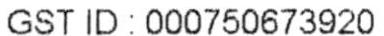
GST ID: 000750673920